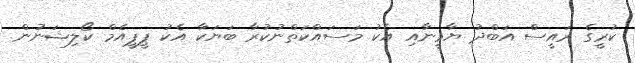
ކުރީގެ ރައީސް އަބްދު ޔާމީނާއި އެކު މަސައްކަތްނުކުރާ ބަޔަކާ އެކު ޕީޕީއެމް ކޯލިޝަނުން